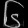
Digit: ၆